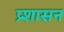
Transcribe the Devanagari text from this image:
प्र्शासन